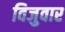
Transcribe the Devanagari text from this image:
विजुवार